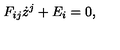
F _ { i j } \dot { z } ^ { j } + E _ { i } = 0 ,